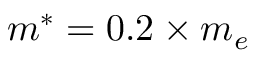
m ^ { * } = 0 . 2 \times m _ { e }